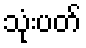
သုံးပတ်